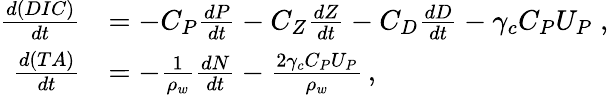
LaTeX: \begin{array}{rl}{\frac{d(DIC)}{dt}}&{=-C_{P}\frac{dP}{dt}-C_{Z}\frac{dZ}{dt}-C_{D}\frac{dD}{dt}-\gamma_{c}C_{P}U_{P}\; ,}\\ {\frac{d(TA)}{dt}}&{=-\frac{1}{\rho_{w}}\frac{dN}{dt}-\frac{2\gamma_{c}C_{P}U_{P}}{\rho_{w}}\, ,}\end{array}